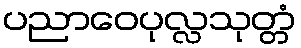
ပညာဝေပုလ္လသုတ္တံ